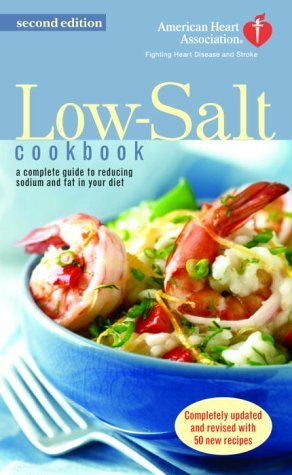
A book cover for The American Heart Association Low-Salt Cookbook: A Complete Guide to Reducing Sodium and Fat in Your Diet (AHA, American Heart Association Low-Salt Cookbook); American Heart Association; Cookbooks, Food & Wine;